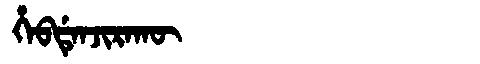
Manchu: ᡥᡝᠪᡩᡝᠨᠵᡳᡵᠠᡴᡡ
Romanization: HEBDENJIRAKŪ